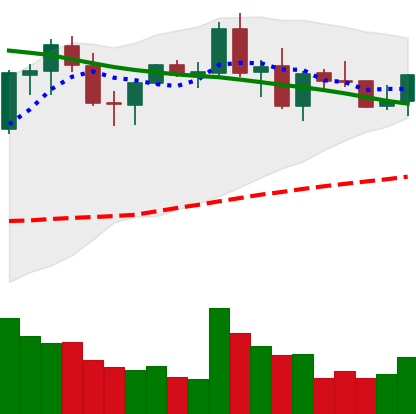
Ticker: NEO-USD
Chart end date: 2021-09-01
Forward return: 14.749%
Label: up_7plus